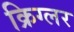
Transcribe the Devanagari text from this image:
क्रिग्लर